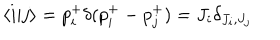
\langle i | j \rangle = p _ { i } ^ { + } \delta ( p _ { i } ^ { + } - p _ { j } ^ { + } ) = J _ { i } \delta _ { J _ { i } , J _ { j } }